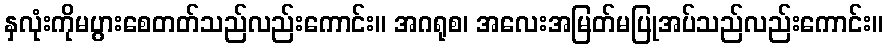
နှလုံးကိုမပွားစေတတ်သည်လည်းကောင်း။ အဂရုစ၊ အလေးအမြတ်မပြုအပ်သည်လည်းကောင်း။